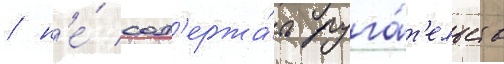
/ н'е́ сод'ержа́ть руга́т'ельств